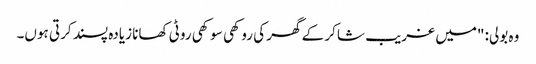
وہ بولی: "میں غریب شاکر کے گھر کی روکھی سوکھی روٹی کھانا زیادہ پسند کرتی ہوں۔